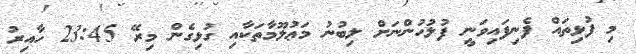
މި ފުޅިތައް ފެނިފައިވަނީ ފުލުހުންނަށް ލިބުނު މަޢުލޫމާތަކާއި ގުޅިގެން މިރޭ 23:45 ހާއިރު